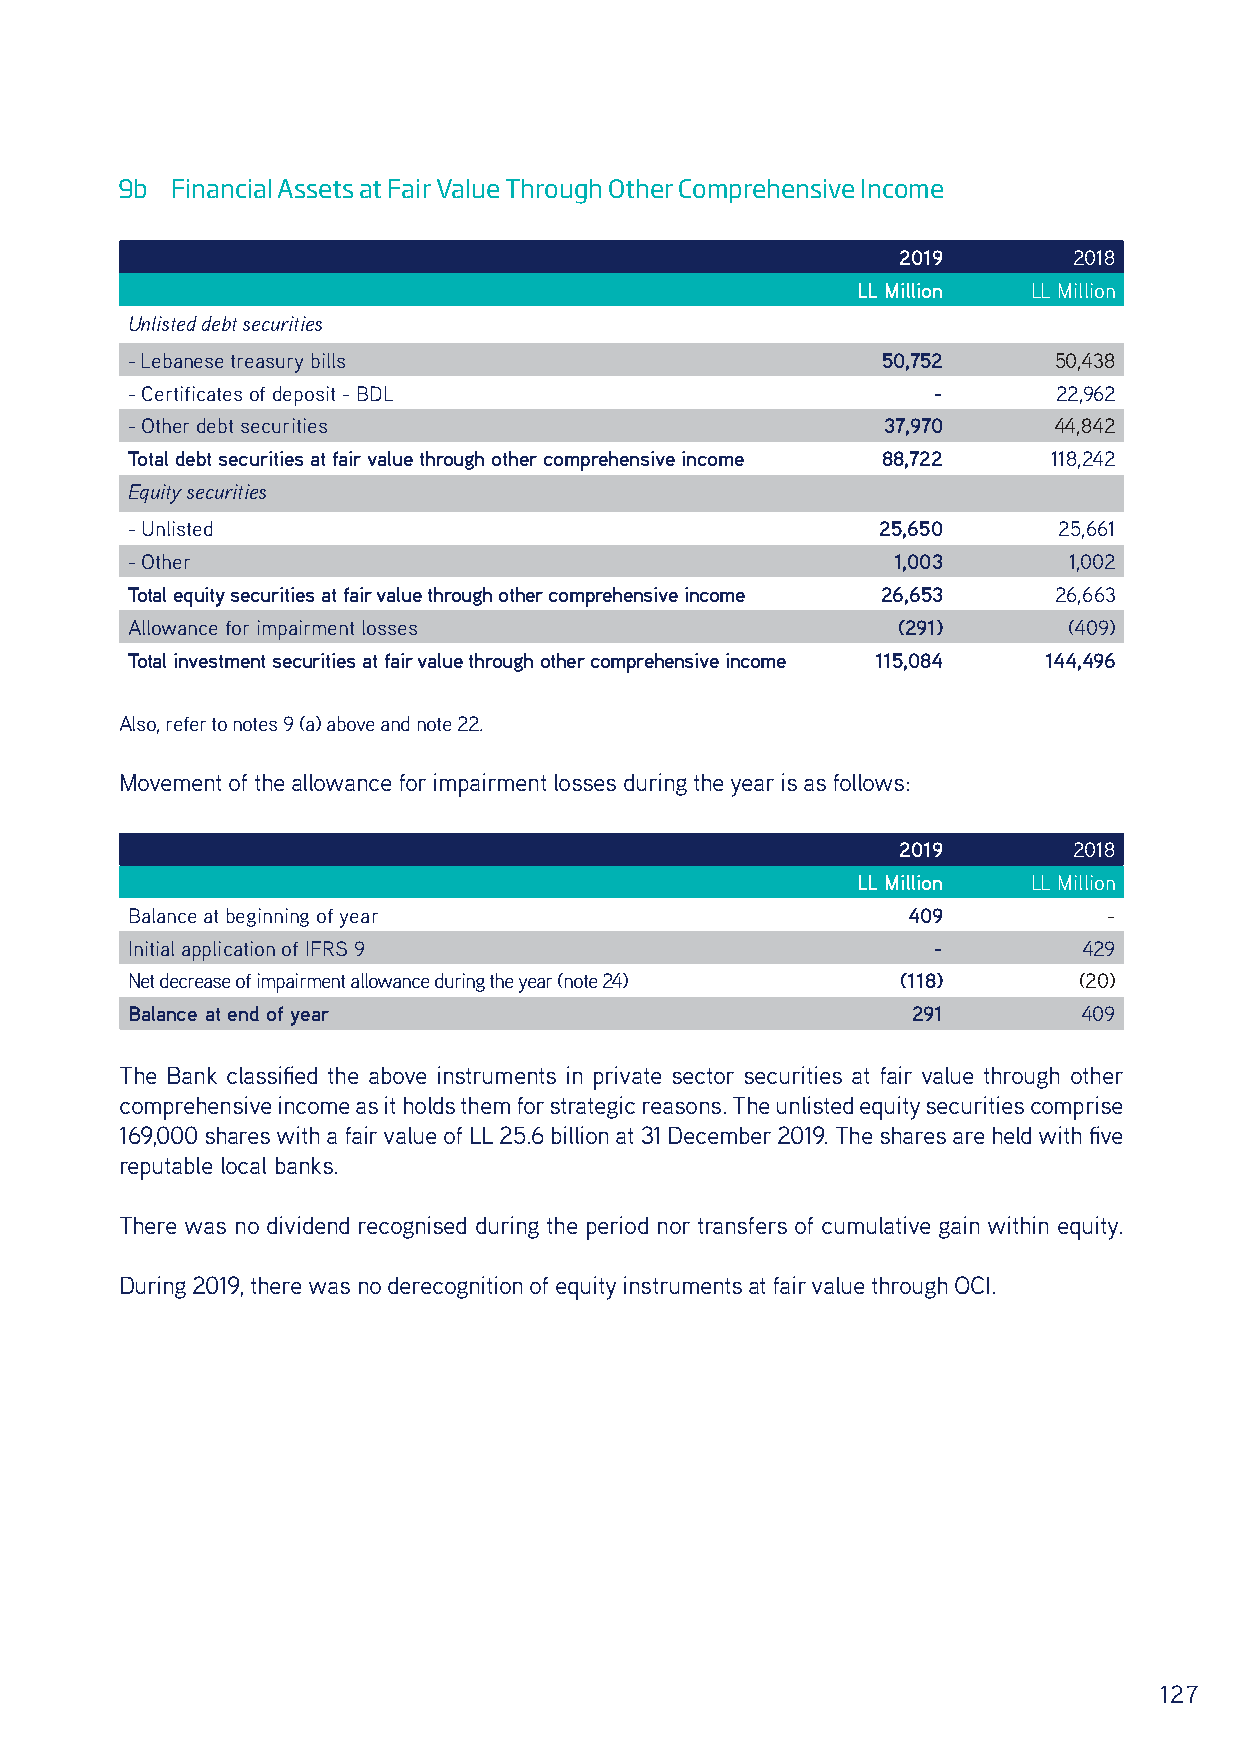
9b Financial Assets at Fair Value Through Other Comprehensive Income
 2019       2018
 LL Million LL Million
 Unlisted debt securities
 - Lebanese treasury bills                         50,752      50,438
 - Certificates of deposit - BDL                       -       22,962
 - Other debt securities                           37,970      44,842
 Total debt securities at fair value through other comprehensive income 88,722 118,242
 Equity securities
 - Unlisted                                        25,650      25,661
 - Other                                            1,003       1,002
 Total equity securities at fair value through other comprehensive income 26,653 26,663
 Allowance for impairment losses                    (291)       (409)
 Total investment securities at fair value through other comprehensive income 115,084 144,496
 Also, refer to notes 9 (a) above and note 22.
 Movement of the allowance for impairment losses during the year is as follows:
 2019       2018
 LL Million LL Million
 Balance at beginning of year                        409          -
 Initial application of IFRS 9                         -         429
 Net decrease of impairment allowance during the year (note 24) (118) (20)
 Balance at end of year                              291         409
 The Bank classified the above instruments in private sector securities at fair value through other
 comprehensive income as it holds them for strategic reasons. The unlisted equity securities comprise
 169,000 shares with a fair value of LL 25.6 billion at 31 December 2019. The shares are held with five
 reputable local banks.
 There was no dividend recognised during the period nor transfers of cumulative gain within equity.
 During 2019, there was no derecognition of equity instruments at fair value through OCI.
 127